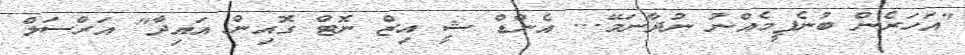
"އަހަރެން ބުނެފީމެއްނު ނުދާނަމޭ... އެންޑް ޝީ އިޒް ނޮޓް ގޮއިން އައިދާ" އަރްސަލް